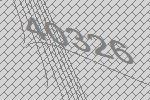
40326